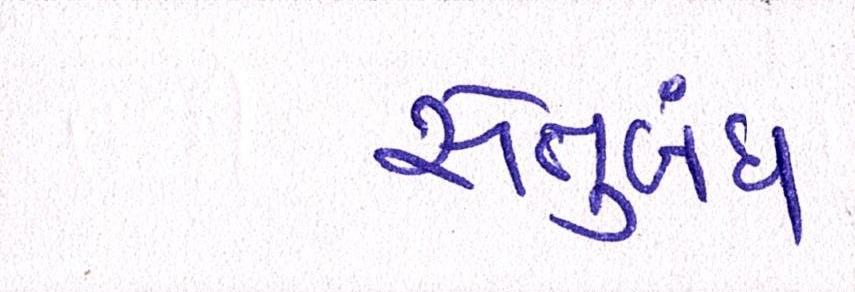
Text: સેતુબંધ